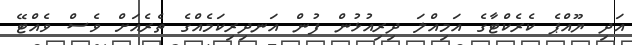
އަދި ޔޫއްޕެ ކެރެކްޓާގެ އަމިއްލަ ދިރިއުޅުން ފުން އަނދިރިކަމެއްގެ ތެރެއަށް ވެސް ވެއްޓޭ